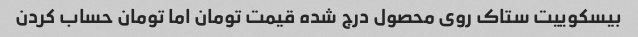
بیسکوییت ستاک روی محصول درج شده قیمت تومان اما تومان حساب کردن